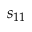
s _ { 1 1 }